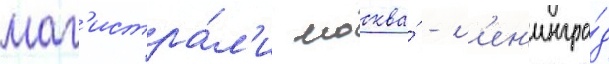
маг'истра́л'и москва́ - л'ен'ингра́д